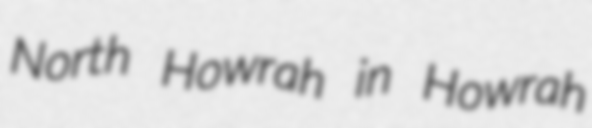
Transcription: North Howrah in Howrah